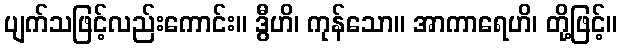
ပျက်သဖြင့်လည်းကောင်း။ ဒွီဟိ၊ ကုန်သော။ အာကာရေဟိ၊ တို့ဖြင့်။